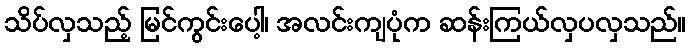
သိပ်လှသည့် မြင်ကွင်းပေါ့၊ အလင်းကျပုံက ဆန်းကြယ်လှပလှသည်။